Lunatic asylums Central Provinces reports 1895-1909 - 1895-1909
Year: 1895
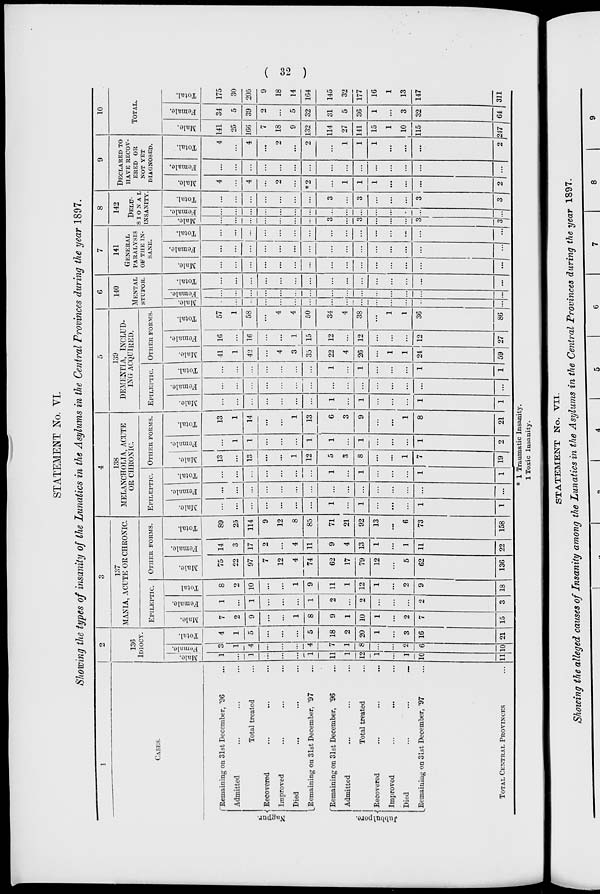
( 32 )
STATEMENT No. VI.
Showing the types of insanity of the Lunatics in the Asylums in the Central Provinces during the year 1897.
1
CASES.
Nagpur.
Jubbulpore.
Remaining on 31st December, '96 ...
Admitted ... ... ...
Total treated ... ... ...
Recovered ... ... ...
Improved ... ... ...
Died ... ... ...
Remaining on 31st December, '97 ...
"Remaining on 31st December, '96 ...
Admitted ... ... ...
Total treated ... ... ...
Recovered ... ... ...
Improved ... ... ...
Died ... ... ...
Remaining on 31st December, '97 ...
TOTAL CENTRAL PROVINCES ...
2
136
IDIOCY.
Male.
1
...
1
...
...
...
1
11
1
12
1
...
1
10
11
Female.
3
1
4
...
...
...
4
7
1
8
...
...
2
6
10
Total.
4
1
5
...
...
...
5
18
2
20
1
...
3
16
21
3
137
MANIA, ACUTE OR CHRONIC.
EPILEPTIC.
Male.
7
2
9
...
...
1
8
9
1
10
1
....
2
7
15
Female.
1
...
1
...
...
...
1
2
...
2
...
...
...
2
3
Total
8
2
10
...
...
1
9
11
1
12
1
...
2
9
18
OTHER FORMS.
Male.
75
22
97
7
12
4
74
62
17
79
12
...
5
62
136
Female.
14
3
17
2
...
4
11
9
4
13
1
...
1
11
22
Total.
89
25
114
9
12
8
85
71
21
92
13
...
6
73
158
4
138
MELANCHOLIA, ACUTE
OR CHRONIC.
EPILEPTIC.
Male.
...
...
...
...
...
...
...
1
...
1
...
...
...
1
1
Female.
...
...
...
...
...
...
...
...
...
...
...
...
...
...
...
Total.
...
...
...
...
...
...
...
1
...
1
...
...
...
1
1
OTHER FORMS.
Male.
13
...
13
...
...
1
12
5
3
8
...
...
1
7
19
Female.
...
1
1
...
...
...
1
1
...
1
...
...
...
1
2
Total.
13
1
14
...
...
1
13
6
3
9
...
...
1
8
21
5
139
DEMENTIA, INCLUD-
ING ACQUIRED.
EPILEPTIC.
Male.
...
...
...
...
...
...
...
1
...
1
...
...
...
1
1
Female.
...
...
...
...
...
...
...
...
...
...
...
...
...
...
...
Total.
...
...
...
...
...
...
...
1
...
1
...
...
...
1
1
OTHER FORMS.
Male.
41
1
42
...
4
3
35
22
4
26
...
1
1
24
59
Female.
16
...
16
...
...
1
15
12
...
12
...
...
...
12
27
Total.
57
1
58
...
4
4
50
34
4
38
...
1
1
36
86
6
140
MENTAL
STUPOR.
Male.
...
...
...
...
...
...
...
...
...
...
...
...
...
Female.
...
...
...
...
...
...
...
...
...
...
...
...
...
...
...
Total.
...
...
...
...
...
...
...
....
...
...
...
...
...
...
7
141
GENERAL
PARALYSIS
OF THE IN-
----.
Male.
...
...
...
...
...
...
...
...
...
...
...
...
...
...
...
Female.
...
...
...
...
...
...
...
...
...
...
...
...
...
...
...
Total.
...
...
...
...
...
...
...
...
...
...
...
...
...
...
...
8
142
DELU-
---- AL
INSANITY.
Male.
...
...
...
...
...
...
...
3
...
3
...
...
...
3
3
Female.
...
...
...
...
...
...
...
...
...
...
...
...
...
...
...
Total.
...
...
...
...
...
...
...
3
...
3
...
...
...
3
3
9
DECLARED TO
HAVE RECOV-
---- OR
NOT YET
DIAGNOSED.
Male.
4
...
4
...
2
...
*2
...
1
1
1
...
...
...
2
Female.
...
...
...
...
...
...
...
...
...
...
...
...
...
...
...
Total.
4
...
4
...
2
...
2
...
1
1
1
...
...
...
2
10
TOTAL.
Male.
141
25
166
7
18
9
132
114
27
141
15
1
10
115
247
Female.
34
5
39
2
...
5
32
31
5
36
1
...
3
32
64
Total.
175
30
205
9
18
14
164
145
32
177
16
1
13
147
311
* 1 Traumatic Insanity.
1 Toxic Insanity.